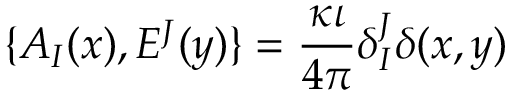
\{ A _ { I } ( x ) , E ^ { J } ( y ) \} = \frac { \kappa \iota } { 4 \pi } \delta _ { I } ^ { J } \delta ( x , y )